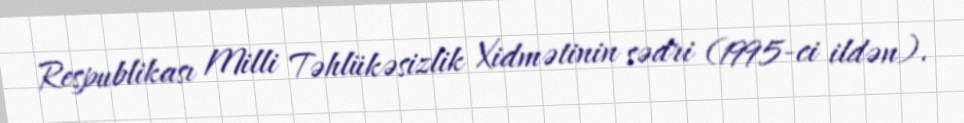
Respublikası Milli Təhlükəsizlik Xidmətinin sədri (1995-ci ildən).